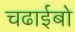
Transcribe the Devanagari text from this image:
चढाईबो